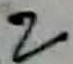
Text: 2